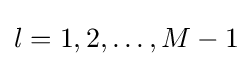
l=1,2,\ldots ,M-1